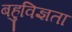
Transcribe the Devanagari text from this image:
बहुविज्ञता